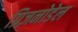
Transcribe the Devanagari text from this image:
ग्रिज़नोडेल